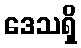
ဒေသရှိ